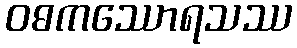
ဝဓကဿောရသဿ